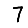
Digit: 7